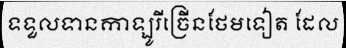
ទទួលទានកាឡូរីច្រើនថែមទៀត ដែល